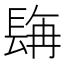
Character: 𮣿